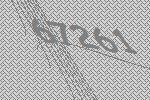
67261